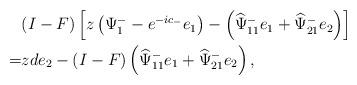
LaTeX: \begin{align*}\begin{aligned}&(I-F)\left[z\left(\Psi^{-}_1-e^{-ic_-}e_1\right)-\left(\widehat{\Psi}^-_{11} e_1+\widehat{\Psi}^-_{21} e_{2}\right)\right]\\=&zde_{2}-(I-F)\left(\widehat{\Psi}^-_{11} e_1+\widehat{\Psi}^-_{21} e_2\right),\end{aligned}\end{align*}